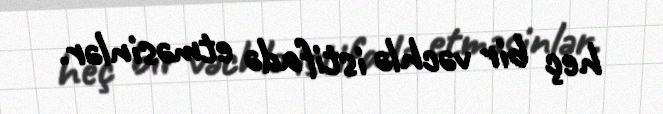
heç bir vəchlə istifadə etməsinlər.